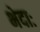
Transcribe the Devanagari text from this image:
भेदाः